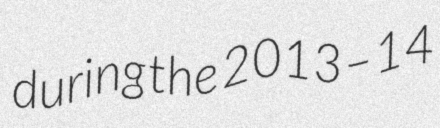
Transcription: during the 2013–14